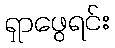
ရှာဖွေရင်း